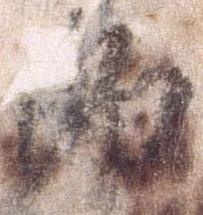
郎